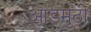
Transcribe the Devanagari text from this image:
आडमुठी